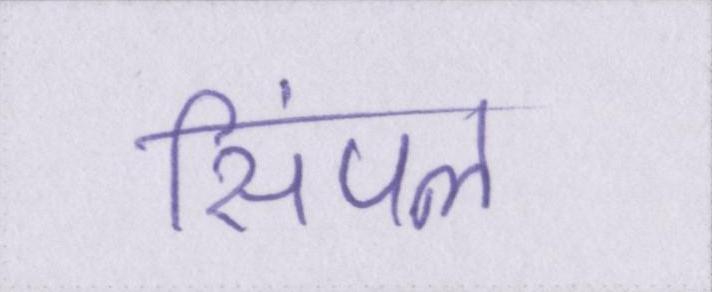
सिंपल